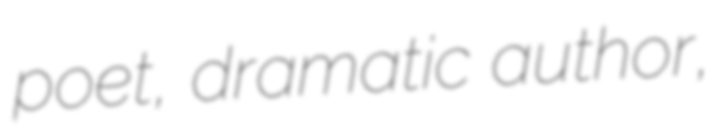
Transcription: poet, dramatic author,